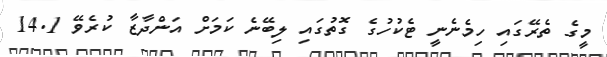
މީގެ ތެރޭގައި ހިމެނެނީ ޓެކުހުގެ ގޮތުގައި ލިބޭނެ ކަމަށް އަންދާޒާ ކުރެވޭ 14.1